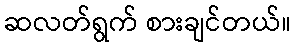
ဆလတ်ရွက် စားချင်တယ်။